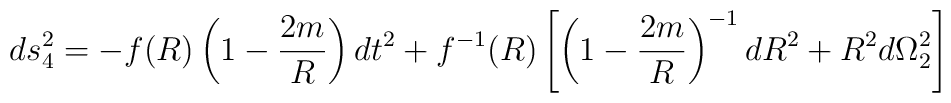
ds^2_4 = - f(R) \left(1 - \frac{2m}{R}\right) dt^2 + f^{-1}(R) \left[\left(1-\frac{2m}{R}\right)^{-1} dR^2+R^2d\Omega^2_2\right]